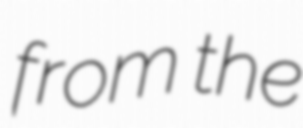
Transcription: from the